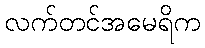
လက်တင်အမေရိက